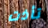
تأذت